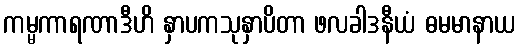
ကမ္မကာရဏာဒီဟိ နှာပကသုနှာပိတာ ဖလခါဒနီယံ ဓမမာနာယ